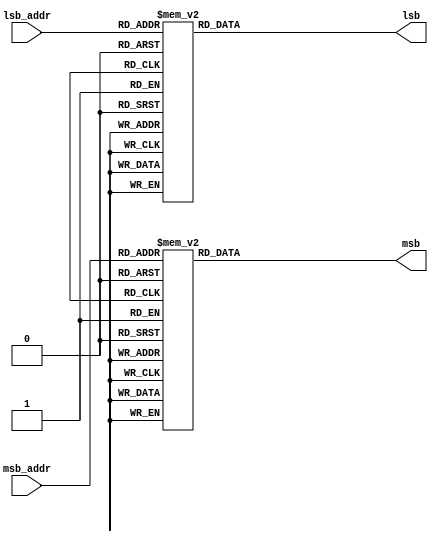
/*  This file is part of JTCORES.
    JTCORES program is free software: you can redistribute it and/or modify
    it under the terms of the GNU General Public License as published by
    the Free Software Foundation, either version 3 of the License, or
    (at your option) any later version.

    JTCORES program is distributed in the hope that it will be useful,
    but WITHOUT ANY WARRANTY; without even the implied warranty of
    MERCHANTABILITY or FITNESS FOR A PARTICULAR PURPOSE.  See the
    GNU General Public License for more details.

    You should have received a copy of the GNU General Public License
    along with JTCORES.  If not, see <http://www.gnu.org/licenses/>.

    Author: Jose Tejada Gomez. Twitter: @topapate
    Version: 1.0
    Date: 5-4-2021 */

module jtrumble_banks(
    input      [7:0] msb_addr,
    input      [7:0] lsb_addr,
    output reg [3:0] msb,
    output reg [3:0] lsb
);

always@(msb_addr)
    case( msb_addr )
          0: msb=4'h0;
          1: msb=4'h0;
          2: msb=4'h0;
          3: msb=4'h0;
          4: msb=4'h1;
          5: msb=4'h0;
          6: msb=4'h0;
          7: msb=4'h7;
          8: msb=4'h7;
          9: msb=4'h7;
         10: msb=4'h7;
         11: msb=4'h4;
         12: msb=4'h4;
         13: msb=4'h4;
         14: msb=4'h4;
         15: msb=4'h4;
         16: msb=4'h0;
         17: msb=4'h0;
         18: msb=4'h0;
         19: msb=4'h0;
         20: msb=4'h1;
         21: msb=4'h0;
         22: msb=4'h0;
         23: msb=4'h0;
         24: msb=4'h0;
         25: msb=4'h4;
         26: msb=4'h5;
         27: msb=4'h4;
         28: msb=4'h4;
         29: msb=4'h4;
         30: msb=4'h4;
         31: msb=4'h4;
         32: msb=4'h0;
         33: msb=4'h0;
         34: msb=4'h0;
         35: msb=4'h0;
         36: msb=4'h1;
         37: msb=4'h4;
         38: msb=4'h4;
         39: msb=4'h4;
         40: msb=4'h4;
         41: msb=4'h4;
         42: msb=4'h4;
         43: msb=4'h4;
         44: msb=4'h4;
         45: msb=4'h5;
         46: msb=4'h4;
         47: msb=4'h4;
         48: msb=4'h0;
         49: msb=4'h0;
         50: msb=4'h0;
         51: msb=4'h0;
         52: msb=4'h1;
         53: msb=4'h4;
         54: msb=4'h4;
         55: msb=4'h7;
         56: msb=4'h7;
         57: msb=4'h7;
         58: msb=4'h7;
         59: msb=4'h4;
         60: msb=4'h4;
         61: msb=4'h4;
         62: msb=4'h4;
         63: msb=4'h4;
         64: msb=4'h0;
         65: msb=4'h0;
         66: msb=4'h0;
         67: msb=4'h0;
         68: msb=4'h1;
         69: msb=4'h4;
         70: msb=4'h4;
         71: msb=4'h4;
         72: msb=4'h4;
         73: msb=4'h5;
         74: msb=4'h5;
         75: msb=4'h5;
         76: msb=4'h5;
         77: msb=4'h5;
         78: msb=4'h4;
         79: msb=4'h4;
         80: msb=4'h0;
         81: msb=4'h0;
         82: msb=4'h0;
         83: msb=4'h0;
         84: msb=4'h1;
         85: msb=4'h5;
         86: msb=4'h5;
         87: msb=4'h5;
         88: msb=4'h5;
         89: msb=4'h5;
         90: msb=4'h5;
         91: msb=4'h5;
         92: msb=4'h5;
         93: msb=4'h5;
         94: msb=4'h4;
         95: msb=4'h4;
         96: msb=4'h0;
         97: msb=4'h0;
         98: msb=4'h0;
         99: msb=4'h0;
        100: msb=4'h1;
        101: msb=4'h4;
        102: msb=4'h4;
        103: msb=4'h4;
        104: msb=4'h4;
        105: msb=4'h6;
        106: msb=4'h6;
        107: msb=4'h6;
        108: msb=4'h6;
        109: msb=4'h5;
        110: msb=4'h4;
        111: msb=4'h4;
        112: msb=4'h0;
        113: msb=4'h0;
        114: msb=4'h0;
        115: msb=4'h0;
        116: msb=4'h1;
        117: msb=4'h4;
        118: msb=4'h4;
        119: msb=4'h4;
        120: msb=4'h4;
        121: msb=4'h6;
        122: msb=4'h6;
        123: msb=4'h6;
        124: msb=4'h6;
        125: msb=4'h6;
        126: msb=4'h4;
        127: msb=4'h4;
        128: msb=4'h0;
        129: msb=4'h0;
        130: msb=4'h0;
        131: msb=4'h0;
        132: msb=4'h1;
        133: msb=4'h0;
        134: msb=4'h0;
        135: msb=4'h7;
        136: msb=4'h7;
        137: msb=4'h7;
        138: msb=4'h7;
        139: msb=4'h4;
        140: msb=4'h4;
        141: msb=4'h4;
        142: msb=4'h4;
        143: msb=4'h4;
        144: msb=4'h0;
        145: msb=4'h0;
        146: msb=4'h0;
        147: msb=4'h0;
        148: msb=4'h1;
        149: msb=4'h0;
        150: msb=4'h0;
        151: msb=4'h7;
        152: msb=4'h7;
        153: msb=4'h7;
        154: msb=4'h7;
        155: msb=4'h4;
        156: msb=4'h4;
        157: msb=4'h4;
        158: msb=4'h4;
        159: msb=4'h4;
        160: msb=4'h0;
        161: msb=4'h0;
        162: msb=4'h0;
        163: msb=4'h0;
        164: msb=4'h1;
        165: msb=4'h0;
        166: msb=4'h0;
        167: msb=4'h7;
        168: msb=4'h7;
        169: msb=4'h7;
        170: msb=4'h7;
        171: msb=4'h4;
        172: msb=4'h4;
        173: msb=4'h4;
        174: msb=4'h4;
        175: msb=4'h4;
        176: msb=4'h0;
        177: msb=4'h0;
        178: msb=4'h0;
        179: msb=4'h0;
        180: msb=4'h1;
        181: msb=4'h0;
        182: msb=4'h0;
        183: msb=4'h7;
        184: msb=4'h7;
        185: msb=4'h7;
        186: msb=4'h7;
        187: msb=4'h4;
        188: msb=4'h4;
        189: msb=4'h4;
        190: msb=4'h4;
        191: msb=4'h4;
        192: msb=4'h0;
        193: msb=4'h0;
        194: msb=4'h0;
        195: msb=4'h0;
        196: msb=4'h1;
        197: msb=4'h0;
        198: msb=4'h0;
        199: msb=4'h7;
        200: msb=4'h7;
        201: msb=4'h7;
        202: msb=4'h7;
        203: msb=4'h4;
        204: msb=4'h4;
        205: msb=4'h4;
        206: msb=4'h4;
        207: msb=4'h4;
        208: msb=4'h0;
        209: msb=4'h0;
        210: msb=4'h0;
        211: msb=4'h0;
        212: msb=4'h1;
        213: msb=4'h0;
        214: msb=4'h0;
        215: msb=4'h7;
        216: msb=4'h7;
        217: msb=4'h7;
        218: msb=4'h7;
        219: msb=4'h4;
        220: msb=4'h4;
        221: msb=4'h4;
        222: msb=4'h4;
        223: msb=4'h4;
        224: msb=4'h0;
        225: msb=4'h0;
        226: msb=4'h0;
        227: msb=4'h0;
        228: msb=4'h1;
        229: msb=4'h0;
        230: msb=4'h0;
        231: msb=4'h7;
        232: msb=4'h7;
        233: msb=4'h7;
        234: msb=4'h7;
        235: msb=4'h4;
        236: msb=4'h4;
        237: msb=4'h4;
        238: msb=4'h4;
        239: msb=4'h4;
        240: msb=4'h0;
        241: msb=4'h0;
        242: msb=4'h0;
        243: msb=4'h0;
        244: msb=4'h1;
        245: msb=4'h0;
        246: msb=4'h0;
        247: msb=4'h7;
        248: msb=4'h7;
        249: msb=4'h7;
        250: msb=4'h7;
        251: msb=4'h4;
        252: msb=4'h4;
        253: msb=4'h4;
        254: msb=4'h4;
        255: msb=4'h4;
    endcase

always @(lsb_addr)
    case( lsb_addr )
          0: lsb=4'h0;
          1: lsb=4'h1;
          2: lsb=4'h4;
          3: lsb=4'h5;
          4: lsb=4'h0;
          5: lsb=4'h8;
          6: lsb=4'h9;
          7: lsb=4'hC;
          8: lsb=4'hD;
          9: lsb=4'hE;
         10: lsb=4'hF;
         11: lsb=4'hB;
         12: lsb=4'hE;
         13: lsb=4'hF;
         14: lsb=4'hC;
         15: lsb=4'hD;
         16: lsb=4'h0;
         17: lsb=4'h1;
         18: lsb=4'h4;
         19: lsb=4'h5;
         20: lsb=4'h0;
         21: lsb=4'h8;
         22: lsb=4'h9;
         23: lsb=4'h0;
         24: lsb=4'h1;
         25: lsb=4'h2;
         26: lsb=4'h3;
         27: lsb=4'hB;
         28: lsb=4'hE;
         29: lsb=4'hF;
         30: lsb=4'hC;
         31: lsb=4'hD;
         32: lsb=4'h0;
         33: lsb=4'h1;
         34: lsb=4'h4;
         35: lsb=4'h5;
         36: lsb=4'h0;
         37: lsb=4'h8;
         38: lsb=4'h9;
         39: lsb=4'h4;
         40: lsb=4'h5;
         41: lsb=4'h6;
         42: lsb=4'h7;
         43: lsb=4'hB;
         44: lsb=4'hE;
         45: lsb=4'hF;
         46: lsb=4'hC;
         47: lsb=4'hD;
         48: lsb=4'h0;
         49: lsb=4'h1;
         50: lsb=4'h4;
         51: lsb=4'h5;
         52: lsb=4'h0;
         53: lsb=4'h8;
         54: lsb=4'h9;
         55: lsb=4'h8;
         56: lsb=4'h9;
         57: lsb=4'hA;
         58: lsb=4'hB;
         59: lsb=4'hB;
         60: lsb=4'hE;
         61: lsb=4'hF;
         62: lsb=4'hC;
         63: lsb=4'hD;
         64: lsb=4'h0;
         65: lsb=4'h1;
         66: lsb=4'h4;
         67: lsb=4'h5;
         68: lsb=4'h0;
         69: lsb=4'h8;
         70: lsb=4'h9;
         71: lsb=4'hC;
         72: lsb=4'hD;
         73: lsb=4'hA;
         74: lsb=4'h6;
         75: lsb=4'hB;
         76: lsb=4'hE;
         77: lsb=4'hF;
         78: lsb=4'hC;
         79: lsb=4'hD;
         80: lsb=4'h0;
         81: lsb=4'h1;
         82: lsb=4'h4;
         83: lsb=4'h5;
         84: lsb=4'h0;
         85: lsb=4'h0;
         86: lsb=4'h1;
         87: lsb=4'h2;
         88: lsb=4'h3;
         89: lsb=4'h4;
         90: lsb=4'h5;
         91: lsb=4'h6;
         92: lsb=4'h7;
         93: lsb=4'h7;
         94: lsb=4'hC;
         95: lsb=4'hD;
         96: lsb=4'h0;
         97: lsb=4'h1;
         98: lsb=4'h4;
         99: lsb=4'h5;
        100: lsb=4'h0;
        101: lsb=4'h0;
        102: lsb=4'h1;
        103: lsb=4'h2;
        104: lsb=4'h3;
        105: lsb=4'h0;
        106: lsb=4'h1;
        107: lsb=4'h2;
        108: lsb=4'h3;
        109: lsb=4'h4;
        110: lsb=4'hC;
        111: lsb=4'hD;
        112: lsb=4'h0;
        113: lsb=4'h1;
        114: lsb=4'h4;
        115: lsb=4'h5;
        116: lsb=4'h0;
        117: lsb=4'h0;
        118: lsb=4'h1;
        119: lsb=4'h2;
        120: lsb=4'h3;
        121: lsb=4'h2;
        122: lsb=4'h3;
        123: lsb=4'h4;
        124: lsb=4'h5;
        125: lsb=4'h6;
        126: lsb=4'hC;
        127: lsb=4'hD;
        128: lsb=4'h0;
        129: lsb=4'h1;
        130: lsb=4'h4;
        131: lsb=4'h5;
        132: lsb=4'h0;
        133: lsb=4'h8;
        134: lsb=4'h9;
        135: lsb=4'hA;
        136: lsb=4'hB;
        137: lsb=4'hC;
        138: lsb=4'hD;
        139: lsb=4'hE;
        140: lsb=4'hF;
        141: lsb=4'h0;
        142: lsb=4'hC;
        143: lsb=4'hD;
        144: lsb=4'h0;
        145: lsb=4'h1;
        146: lsb=4'h4;
        147: lsb=4'h5;
        148: lsb=4'h0;
        149: lsb=4'h0;
        150: lsb=4'h1;
        151: lsb=4'h2;
        152: lsb=4'h3;
        153: lsb=4'h0;
        154: lsb=4'h1;
        155: lsb=4'h2;
        156: lsb=4'h3;
        157: lsb=4'h7;
        158: lsb=4'hC;
        159: lsb=4'hD;
        160: lsb=4'h0;
        161: lsb=4'h1;
        162: lsb=4'h4;
        163: lsb=4'h5;
        164: lsb=4'h0;
        165: lsb=4'h0;
        166: lsb=4'h1;
        167: lsb=4'h2;
        168: lsb=4'h3;
        169: lsb=4'h4;
        170: lsb=4'h5;
        171: lsb=4'h6;
        172: lsb=4'h7;
        173: lsb=4'h6;
        174: lsb=4'hC;
        175: lsb=4'hD;
        176: lsb=4'h0;
        177: lsb=4'h1;
        178: lsb=4'h4;
        179: lsb=4'h5;
        180: lsb=4'h0;
        181: lsb=4'h0;
        182: lsb=4'h1;
        183: lsb=4'h2;
        184: lsb=4'h3;
        185: lsb=4'h8;
        186: lsb=4'h9;
        187: lsb=4'hA;
        188: lsb=4'hB;
        189: lsb=4'h6;
        190: lsb=4'hC;
        191: lsb=4'hD;
        192: lsb=4'h0;
        193: lsb=4'h1;
        194: lsb=4'h4;
        195: lsb=4'h5;
        196: lsb=4'h0;
        197: lsb=4'h0;
        198: lsb=4'h1;
        199: lsb=4'h2;
        200: lsb=4'h3;
        201: lsb=4'hC;
        202: lsb=4'hD;
        203: lsb=4'hE;
        204: lsb=4'hF;
        205: lsb=4'h7;
        206: lsb=4'hC;
        207: lsb=4'hD;
        208: lsb=4'h0;
        209: lsb=4'h1;
        210: lsb=4'h4;
        211: lsb=4'h5;
        212: lsb=4'h0;
        213: lsb=4'h0;
        214: lsb=4'h1;
        215: lsb=4'h2;
        216: lsb=4'h3;
        217: lsb=4'h6;
        218: lsb=4'h7;
        219: lsb=4'h0;
        220: lsb=4'h1;
        221: lsb=4'h2;
        222: lsb=4'hC;
        223: lsb=4'hD;
        224: lsb=4'h0;
        225: lsb=4'h1;
        226: lsb=4'h4;
        227: lsb=4'h5;
        228: lsb=4'h0;
        229: lsb=4'h0;
        230: lsb=4'h1;
        231: lsb=4'h2;
        232: lsb=4'h3;
        233: lsb=4'h6;
        234: lsb=4'h7;
        235: lsb=4'h0;
        236: lsb=4'h1;
        237: lsb=4'h7;
        238: lsb=4'hC;
        239: lsb=4'hD;
        240: lsb=4'h0;
        241: lsb=4'h1;
        242: lsb=4'h4;
        243: lsb=4'h5;
        244: lsb=4'h0;
        245: lsb=4'h0;
        246: lsb=4'h1;
        247: lsb=4'h2;
        248: lsb=4'h3;
        249: lsb=4'h3;
        250: lsb=4'h4;
        251: lsb=4'h5;
        252: lsb=4'h6;
        253: lsb=4'h7;
        254: lsb=4'hC;
        255: lsb=4'hD;
    endcase

endmodule